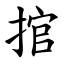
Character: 捾